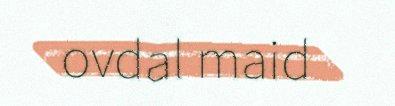
ovdal maid